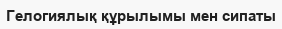
Гелогиялық құрылымы мен сипаты